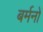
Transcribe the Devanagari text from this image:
बर्मनों